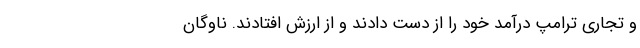
و تجاری ترامپ درآمد خود را از دست دادند و از ارزش افتادند. ناوگان